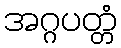
အဂ္ဂပတ္တံ